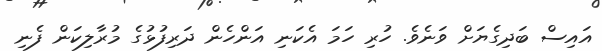
އައިސް ބަދިގެޔަށް ވަނެވެ. ހުރި ހަމަ އެކަނި އަންހެން ދަރިފުޅުގެ މުރާލިކަން ފެނި